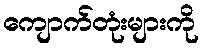
ကျောက်တုံးများကို